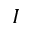
I